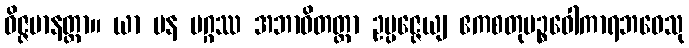
ဝိဇ္ဇမာနတ္တာ။ ယာ ပန မဂ္ဂဿ အဘာဝိတတ္တာ ဥပ္ပဇ္ဇေယျ ဧကစတုပဉ္စဝေါကာရဘဝေသု